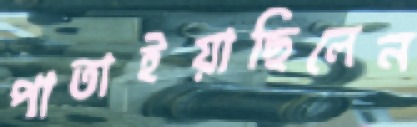
পাতাইয়াছিলেন